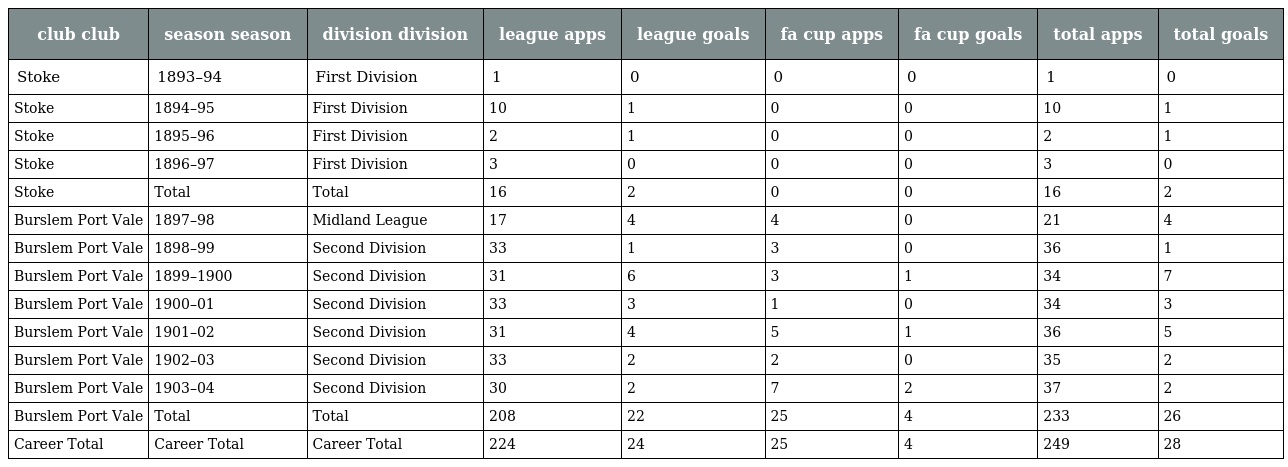
| club club | season season | division division | league apps | league goals | fa cup apps | fa cup goals | total apps | total goals |
 | --- | --- | --- | --- | --- | --- | --- | --- | --- |
 | Stoke | 1893–94 | First Division | 1 | 0 | 0 | 0 | 1 | 0 |
 | Stoke | 1894–95 | First Division | 10 | 1 | 0 | 0 | 10 | 1 |
 | Stoke | 1895–96 | First Division | 2 | 1 | 0 | 0 | 2 | 1 |
 | Stoke | 1896–97 | First Division | 3 | 0 | 0 | 0 | 3 | 0 |
 | Stoke | Total | Total | 16 | 2 | 0 | 0 | 16 | 2 |
 | Burslem Port Vale | 1897–98 | Midland League | 17 | 4 | 4 | 0 | 21 | 4 |
 | Burslem Port Vale | 1898–99 | Second Division | 33 | 1 | 3 | 0 | 36 | 1 |
 | Burslem Port Vale | 1899–1900 | Second Division | 31 | 6 | 3 | 1 | 34 | 7 |
 | Burslem Port Vale | 1900–01 | Second Division | 33 | 3 | 1 | 0 | 34 | 3 |
 | Burslem Port Vale | 1901–02 | Second Division | 31 | 4 | 5 | 1 | 36 | 5 |
 | Burslem Port Vale | 1902–03 | Second Division | 33 | 2 | 2 | 0 | 35 | 2 |
 | Burslem Port Vale | 1903–04 | Second Division | 30 | 2 | 7 | 2 | 37 | 2 |
 | Burslem Port Vale | Total | Total | 208 | 22 | 25 | 4 | 233 | 26 |
 | Career Total | Career Total | Career Total | 224 | 24 | 25 | 4 | 249 | 28 |